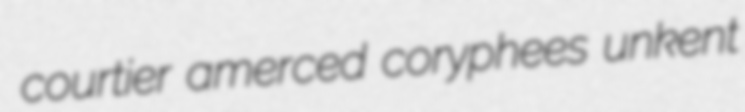
courtier amerced coryphees unkent